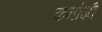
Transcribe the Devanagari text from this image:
कनोजी